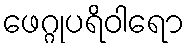
ဖေဂ္ဂုပရိဝါရော